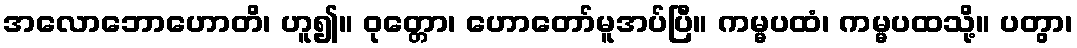
အလောဘောဟောတိ၊ ဟူ၍။ ဝုတ္တော၊ ဟောတော်မူအပ်ပြီ။ ကမ္မပထံ၊ ကမ္မပထသို့။ ပတွာ၊